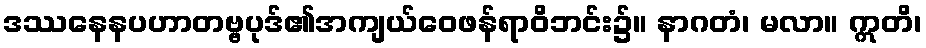
ဒဿနေနပဟာတဗ္ဗပုဒ်၏အကျယ်ဝေဖန်ရာဝိဘင်း၌။ နာဂတံ၊ မလာ။ ဣတိ၊